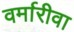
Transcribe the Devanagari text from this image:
वर्मारीवा